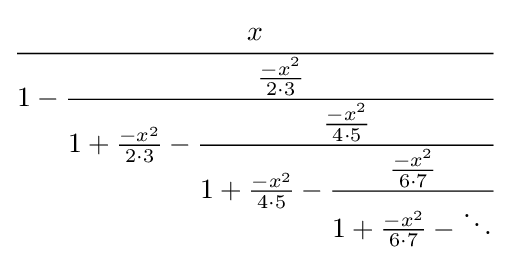
{\cfrac {x}{1-{\cfrac {\frac {-x^{2}}{2\cdot 3}}{1+{\frac {-x^{2}}{2\cdot 3}}-{\cfrac {\frac {-x^{2}}{4\cdot 5}}{1+{\frac {-x^{2}}{4\cdot 5}}-{\cfrac {\frac {-x^{2}}{6\cdot 7}}{1+{\frac {-x^{2}}{6\cdot 7}}-\ddots }}}}}}}}